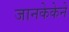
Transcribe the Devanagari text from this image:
जानकेकेने